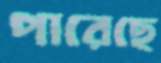
পারেছে